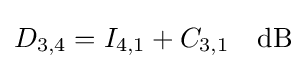
D_{3,4}=I_{4,1}+C_{3,1}\quad {\rm {dB}}